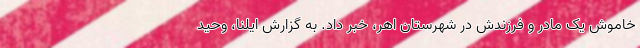
خاموش یک مادر و فرزندش در شهرستان اهر، خبر داد. به گزارش ایلنا، وحید